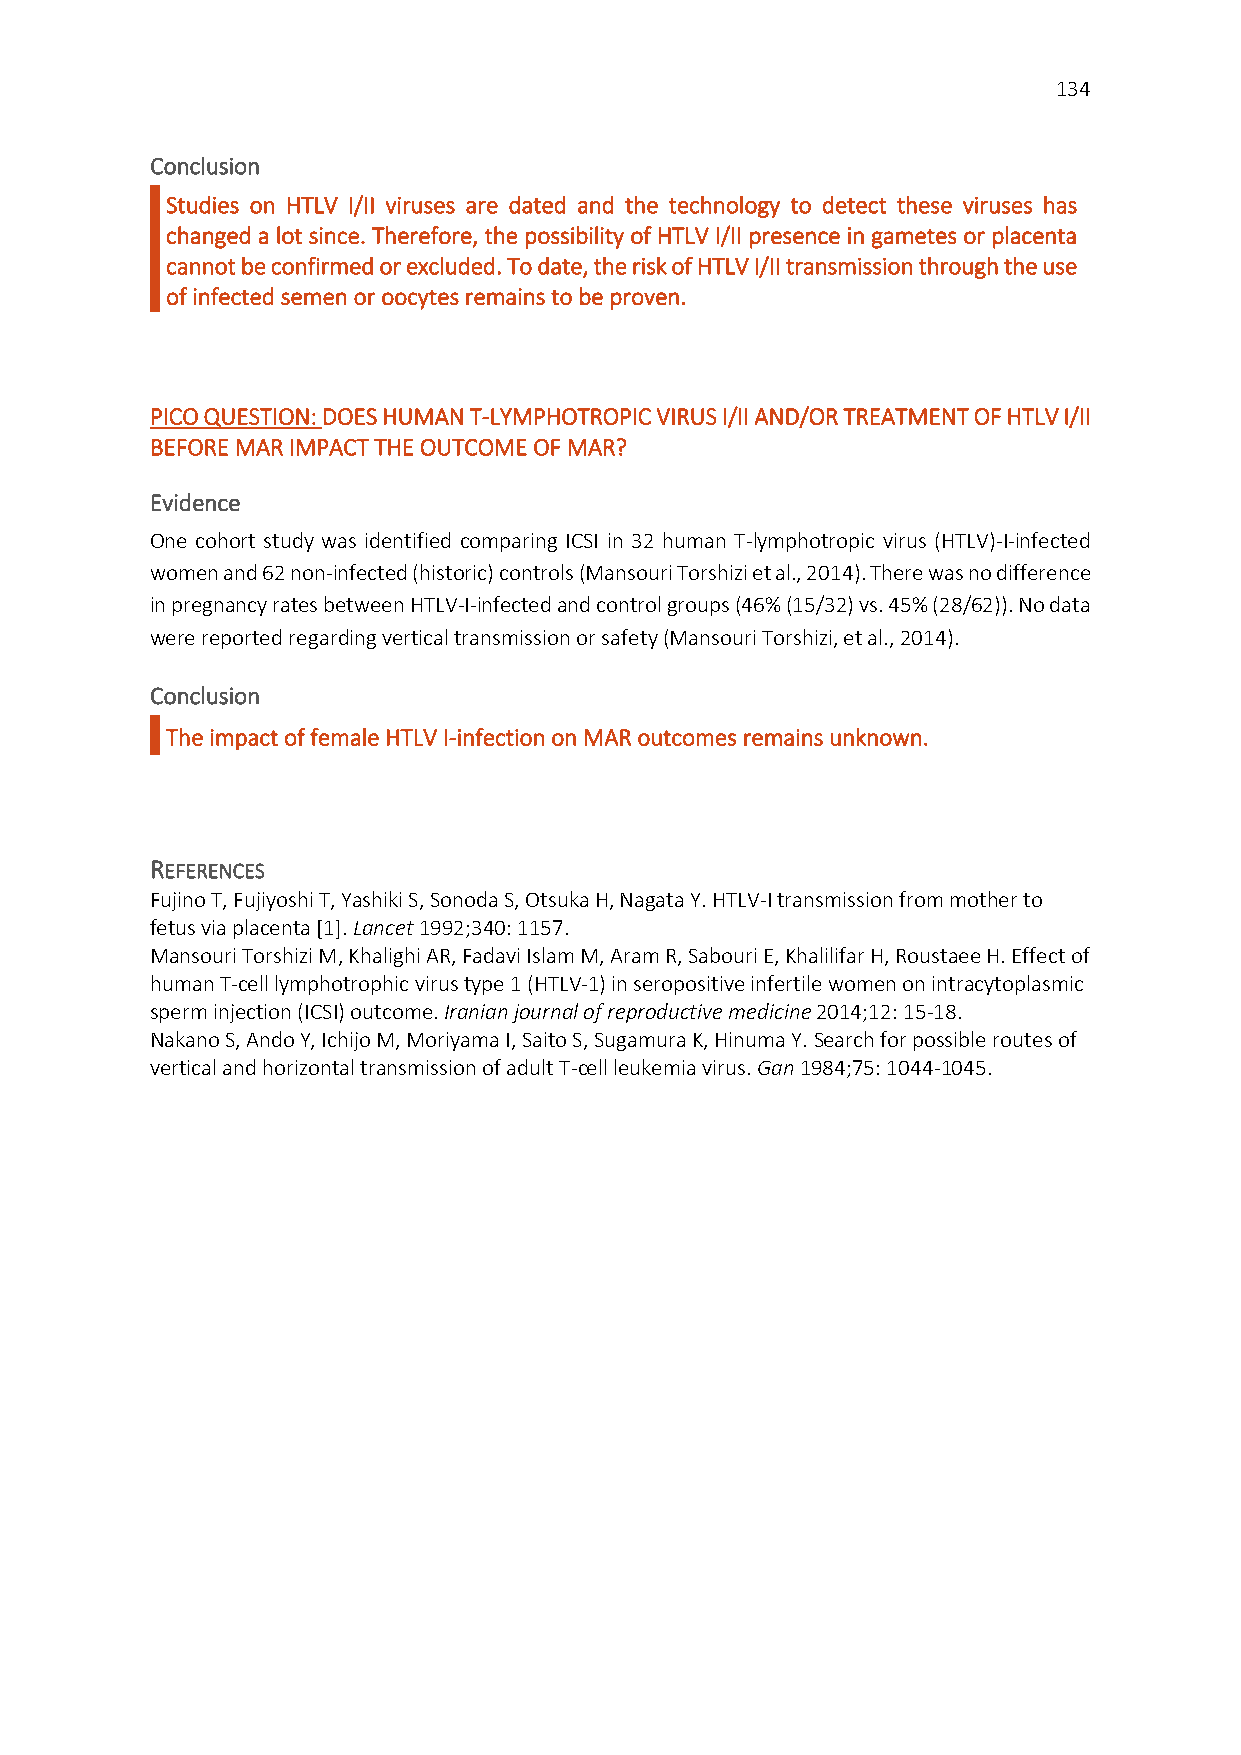
134
 Conclusion
 Studies on HTLV I/II viruses are dated and the technology to detect these viruses has
 changed a lot since. Therefore, the possibility of HTLV I/II presence in gametes or placenta
 cannot be confirmed or excluded. To date, the risk of HTLV I/II transmission through the use
 of infected semen or oocytes remains to be proven.
 PICO QUESTION: DOES HUMAN T-LYMPHOTROPIC VIRUS I/II AND/OR TREATMENT OF HTLV I/II
 BEFORE MAR IMPACT THE OUTCOME OF MAR?
 Evidence
 One cohort study was identified comparing ICSI in 32 human T-lymphotropic virus (HTLV)-I-infected
 women and 62 non-infected (historic) controls (Mansouri Torshizi et al., 2014). There was no difference
 in pregnancy rates between HTLV-I-infected and control groups (46% (15/32) vs. 45% (28/62)). No data
 were reported regarding vertical transmission or safety (Mansouri Torshizi, et al., 2014).
 Conclusion
 The impact of female HTLV I-infection on MAR outcomes remains unknown.
 REFERENCES
 Fujino T, Fujiyoshi T, Yashiki S, Sonoda S, Otsuka H, Nagata Y. HTLV-I transmission from mother to
 fetus via placenta [1]. Lancet 1992;340: 1157.
 Mansouri Torshizi M, Khalighi AR, Fadavi Islam M, Aram R, Sabouri E, Khalilifar H, Roustaee H. Effect of
 human T-cell lymphotrophic virus type 1 (HTLV-1) in seropositive infertile women on intracytoplasmic
 sperm injection (ICSI) outcome. Iranian journal of reproductive medicine 2014;12: 15-18.
 Nakano S, Ando Y, Ichijo M, Moriyama I, Saito S, Sugamura K, Hinuma Y. Search for possible routes of
 vertical and horizontal transmission of adult T-cell leukemia virus. Gan 1984;75: 1044-1045.